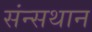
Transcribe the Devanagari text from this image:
संन्सथान